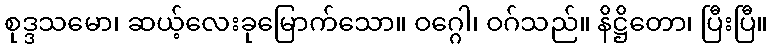
စုဒ္ဒသမော၊ ဆယ့်လေးခုမြောက်သော။ ဝဂ္ဂေါ၊ ဝဂ်သည်။ နိဋ္ဌိတော၊ ပြီးပြီ။